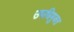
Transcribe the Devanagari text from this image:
उपधिमुक्त